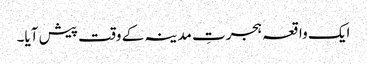
ایک واقعہ ہجرتِ مدینہ کے وقت پیش آیا۔